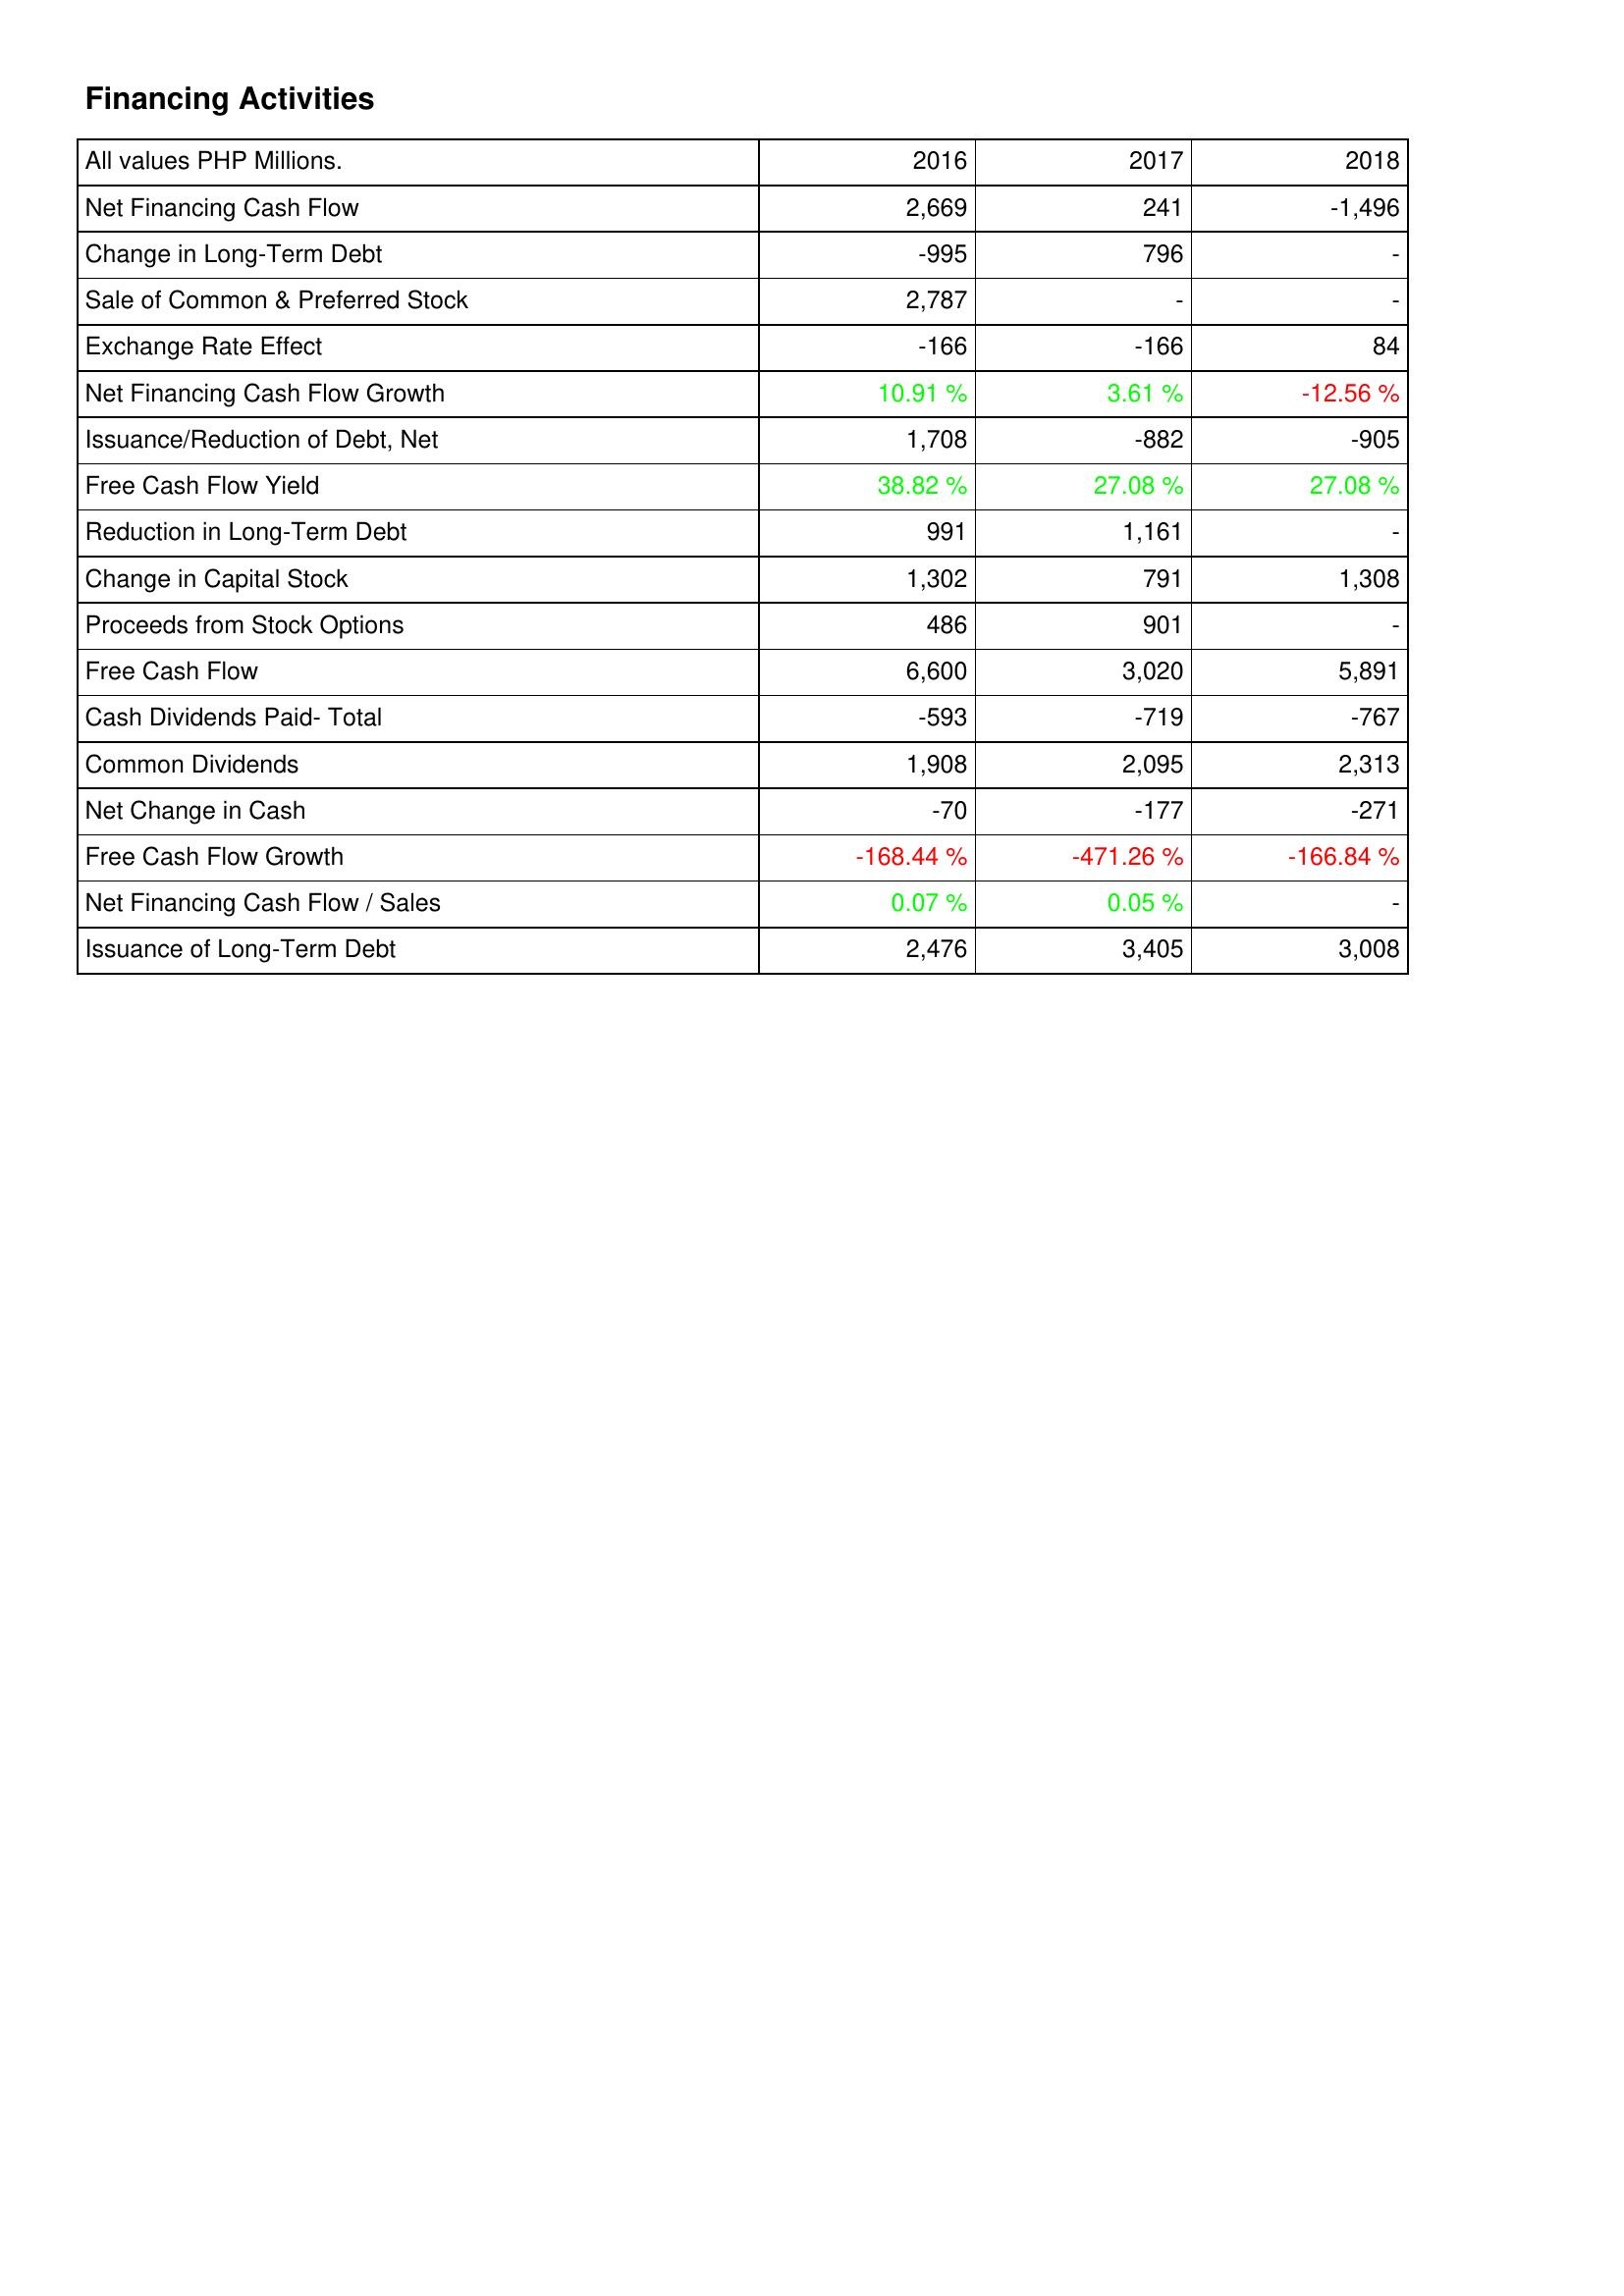
2016: Financing Activities: Net Financing Cash Flow: 2,669
Change in Long-Term Debt: -995
Sale of Common & Preferred Stock: 2,787
Exchange Rate Effect: -166
Net Financing Cash Flow Growth: 10.91 %
Issuance/Reduction of Debt, Net: 1,708
Free Cash Flow Yield: 38.82 %
Reduction in Long-Term Debt: 991
Change in Capital Stock: 1,302
Proceeds from Stock Options: 486
Free Cash Flow: 6,600
Cash Dividends Paid- Total: -593
Common Dividends: 1,908
Net Change in Cash: -70
Free Cash Flow Growth: -168.44 %
Net Financing Cash Flow / Sales: 0.07 %
Issuance of Long-Term Debt: 2,476
2017: Financing Activities: Net Financing Cash Flow: 241
Change in Long-Term Debt: 796
Sale of Common & Preferred Stock: -
Exchange Rate Effect: -166
Net Financing Cash Flow Growth: 3.61 %
Issuance/Reduction of Debt, Net: -882
Free Cash Flow Yield: 27.08 %
Reduction in Long-Term Debt: 1,161
Change in Capital Stock: 791
Proceeds from Stock Options: 901
Free Cash Flow: 3,020
Cash Dividends Paid- Total: -719
Common Dividends: 2,095
Net Change in Cash: -177
Free Cash Flow Growth: -471.26 %
Net Financing Cash Flow / Sales: 0.05 %
Issuance of Long-Term Debt: 3,405
2018: Financing Activities: Net Financing Cash Flow: -1,496
Change in Long-Term Debt: -
Sale of Common & Preferred Stock: -
Exchange Rate Effect: 84
Net Financing Cash Flow Growth: -12.56 %
Issuance/Reduction of Debt, Net: -905
Free Cash Flow Yield: 27.08 %
Reduction in Long-Term Debt: -
Change in Capital Stock: 1,308
Proceeds from Stock Options: -
Free Cash Flow: 5,891
Cash Dividends Paid- Total: -767
Common Dividends: 2,313
Net Change in Cash: -271
Free Cash Flow Growth: -166.84 %
Net Financing Cash Flow / Sales: -
Issuance of Long-Term Debt: 3,008